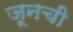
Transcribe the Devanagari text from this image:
जूनची